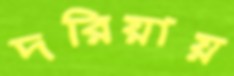
দরিয়ায়